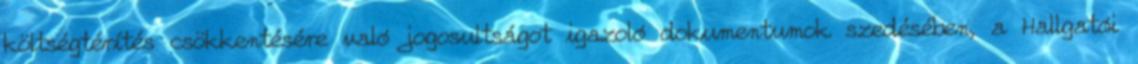
költségtérítés csökkentésére való jogosultságot igazoló dokumentumok szedésében, a Hallgatói